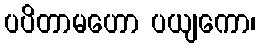
ပပိတာမဟော ပယျကော၊